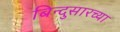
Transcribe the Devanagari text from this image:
बिन्दुसारच्या